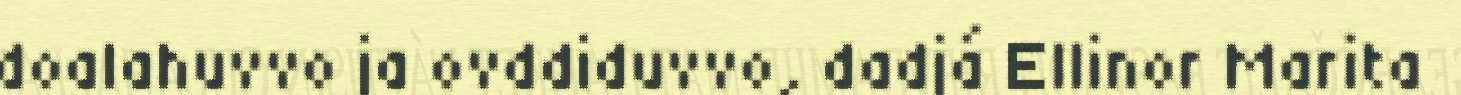
doalahuvvo ja ovddiduvvo, dadjá Ellinor Marita